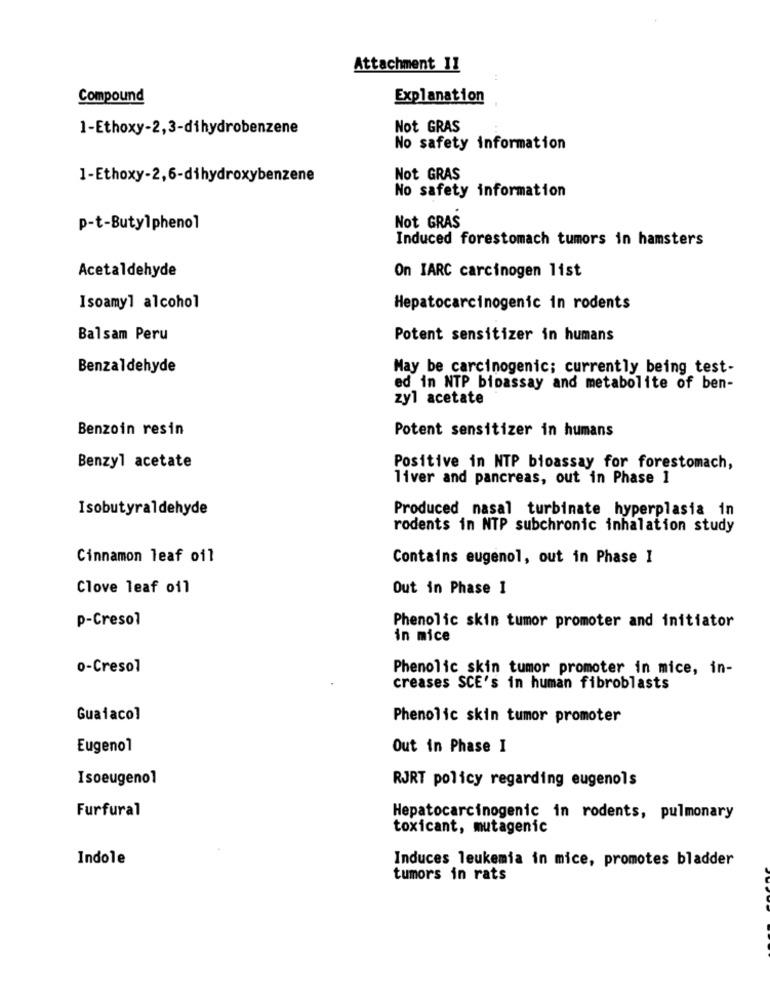
Attachment 11
Compound
Explanation
1-Ethoxy-2,3-dihydrobenzene
Not GRAS
No safety information
1-Ethoxy-2,6-dihydroxybenzene
Not GRAS
No safety information
p-t-Butylphenol
Not GRAS
Induced forestomach tumors in hamsters
Acetaldehyde
On IARC carcinogen list
Isoamyl alcohol
Hepatocarcinogenic in rodents
Balsam Peru
Potent sensitizer in humans
Benzaldehyde
May be carcinogenic; currently being test-
ed in NTP bioassay and metabolite of ben-
zyl acetate
Benzoin resin
Potent sensitizer in humans
Benzyl acetate
Positive in NTP bioassay for forestomach,
liver and pancreas, out in Phase 1
Isobutyraldehyde
Produced nasal turbinate hyperplasia in
rodents in NTP subchronic inhalation study
Cinnamon leaf oil
Contains eugenol, out in Phase I
Clove leaf oil
Out in Phase 1
p-Cresol
Phenolic skin tumor promoter and initiator
in mice
o-Cresol
Phenolic skin tumor promoter in mice, in-
creases SCE's in human fibroblasts
Guaiacol
Phenolic skin tumor promoter
Eugenol
Out in Phase I
Isoeugenol
RJRT policy regarding eugenols
Furfural
Hepatocarcinogenic in rodents, pulmonary
toxicant, mutagenic
Indole
Induces leukemia in mice, promotes bladder
tumors in rats